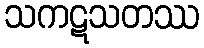
သကဋသတဿ